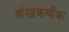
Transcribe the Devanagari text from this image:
शंखकर्णक